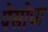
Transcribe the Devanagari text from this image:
पेसोचा